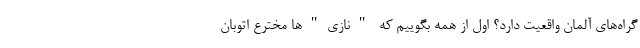
گراه‌های آلمان واقعیت دارد؟ اول از همه بگوییم که "نازی"ها مخترع اتوبان